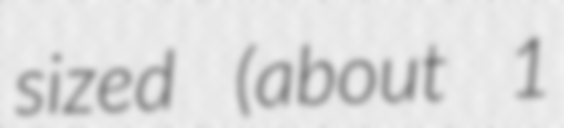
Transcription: sized (about 1